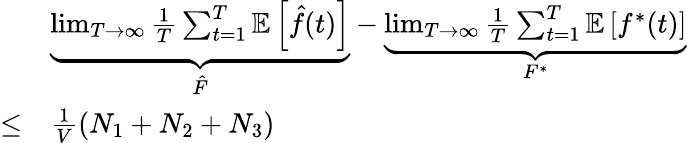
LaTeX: \begin{array}{rl}&{\underbrace{\operatorname*{lim}_{T\to\infty}\frac{1}{T}\sum_{t=1}^{T}\mathbb{E}\left[\hat{f}(t)\right]}_{\hat{F}}-\underbrace{\operatorname*{lim}_{T\to\infty}\frac{1}{T}\sum_{t=1}^{T}\mathbb{E}\left[f^{*}(t)\right]}_{F^{*}}}\\ {\le}&{\frac{1}{V}\left(N_{1}+N_{2}+N_{3}\right)}\end{array}